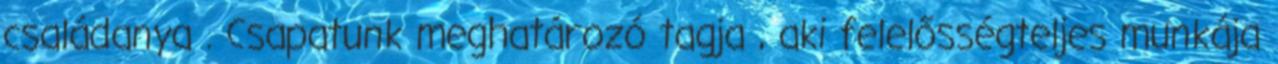
családanya . Csapatunk meghatározó tagja , aki felelősségteljes munkája